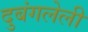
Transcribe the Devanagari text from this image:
दुबंगलेली